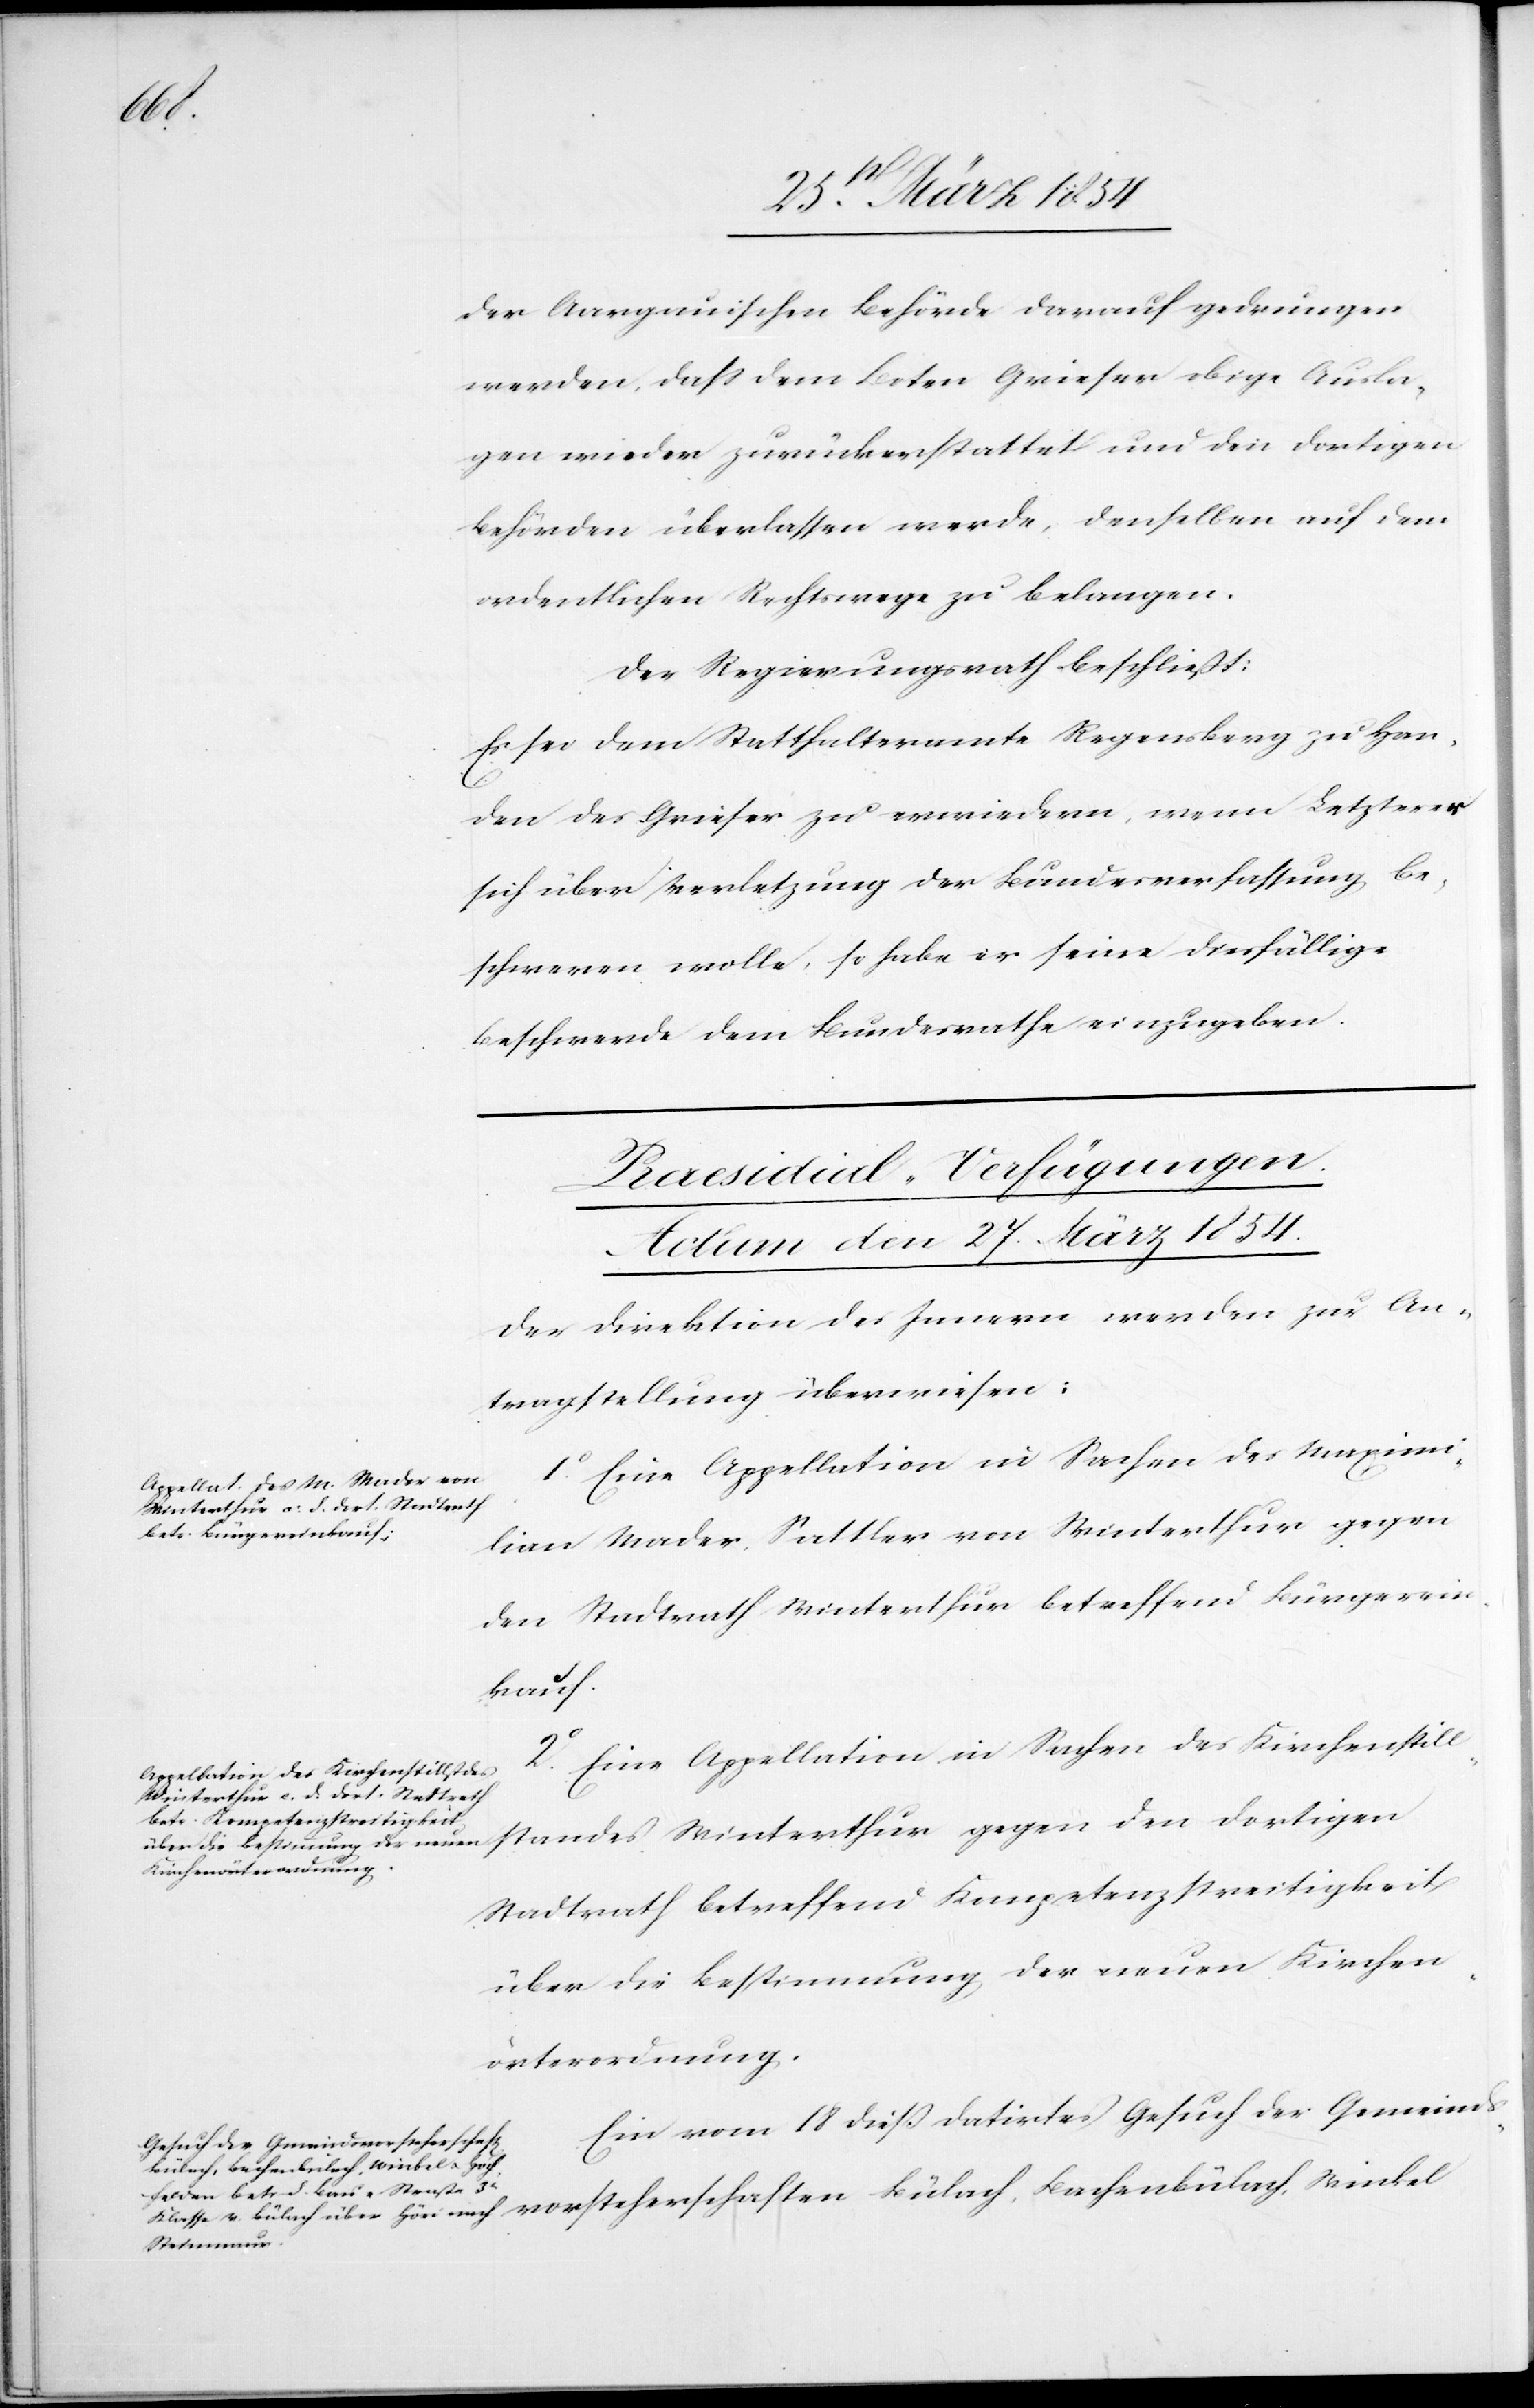
der Aargauischen Behörde darauf gedrungen
werden, daß dem Boten Grieser obige Ausla¬
gen wieder zurückerstattet und den dortigen
Behörden überlassen werde, denselben auf dem
ordentlichen Rechtswege zu belangen.
Der Regierungsrath beschließt:
Es sei dem Statthalteramte Regensberg zu Han¬
den des Grieser zu erwiedern, wenn Letzterer
sich über Verletzung der Bundesverfassung be¬
schweren wolle, so habe er seine diesfällige
Beschwerde dem Bundesrathe einzugeben.
[Praesidial-Verfügungen.
Actum den 27. März 1854.]
Der Direktion des Innern werden zur An¬
tragstellung überwiesen:
1o Eine Appellation in Sachen des Maximi¬
lian Mader, Sattler von Winterthur gegen
den Stadtrath Winterthur betreffend Bürgerein¬
kauf.
2o Eine Appellation in Sachen des Kirchenstill¬
vorsteherschaften
Stadtrath betreffend Kompetenzstreitigkeit
über die Bestimmung der neuen Kirchen¬
örterordnung.
Ein vom 18 dieß datirtes Gesuch der Gemeinds¬
Bülach, Bachenbülach, Winkel